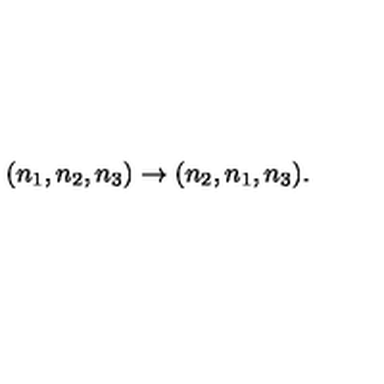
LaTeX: ( n _ { 1 } , n _ { 2 } , n _ { 3 } ) \rightarrow ( n _ { 2 } , n _ { 1 } , n _ { 3 } ) .